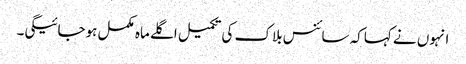
انہوں نے کہاکہ سائنس بلاک کی تکمیل اگلے ماہ مکمل ہوجائیگی۔